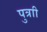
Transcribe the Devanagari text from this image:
पुत्राी